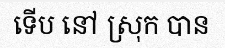
ទើប នៅ ស្រុក បាន